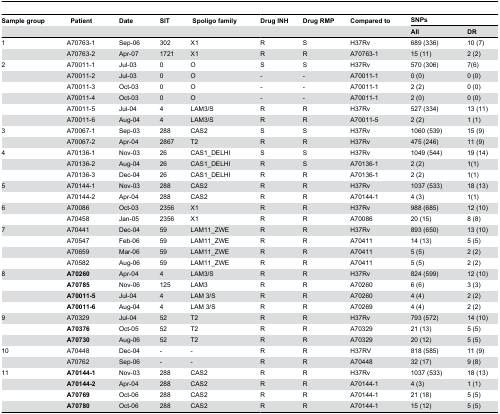
<table><thead><tr><td><b>Sample group</b></td><td><b>Patient</b></td><td><b>Date</b></td><td><b>SIT</b></td><td><b> Spoligo family</b></td><td><b>Drug INH</b></td><td><b>Drug RMP</b></td><td><b>Compared to</b></td><td colspan="2"><b>SNPs</b></td></tr><tr><td></td><td></td><td></td><td></td><td></td><td></td><td></td><td></td><td><b>All</b></td><td><b>DR</b></td></tr></thead><tbody><tr><td>1</td><td>A70763-1</td><td>Sep-06</td><td>302</td><td>X1</td><td>R</td><td>S</td><td>H37Rv</td><td>689 (336)</td><td>10 (7)</td></tr><tr><td></td><td>A70763-2</td><td>Apr-07</td><td>1721</td><td>X1</td><td>R</td><td>R</td><td>A70763-1</td><td>15 (11)</td><td>2 (2)</td></tr><tr><td>2</td><td>A70011-1</td><td>Jul-03</td><td>0</td><td>O</td><td>S</td><td>S</td><td>H37Rv</td><td>570 (306)</td><td>7(6)</td></tr><tr><td></td><td>A70011-2</td><td>Jul-03</td><td>0</td><td>O</td><td>-</td><td>-</td><td>A70011-1</td><td>0 (0)</td><td>0 (0)</td></tr><tr><td></td><td>A70011-3</td><td>Oct-03</td><td>0</td><td>O</td><td>-</td><td>-</td><td>A70011-1</td><td>2 (2)</td><td>0 (0)</td></tr><tr><td></td><td>A70011-4</td><td>Oct-03</td><td>0</td><td>O</td><td>-</td><td>-</td><td>A70011-1</td><td>2 (0)</td><td>0 (0)</td></tr><tr><td></td><td>A70011-5</td><td>Jul-04</td><td>4</td><td>LAM3/S</td><td>R</td><td>R</td><td>H37Rv</td><td>527 (334)</td><td>13 (11)</td></tr><tr><td></td><td>A70011-6</td><td>Aug-04</td><td>4</td><td>LAM3/S</td><td>R</td><td>R</td><td>A70011-5</td><td>2 (2)</td><td>1 (1)</td></tr><tr><td>3</td><td>A70067-1</td><td>Sep-03</td><td>288</td><td>CAS2</td><td>S</td><td>S</td><td>H37Rv</td><td>1060 (539)</td><td>15 (9)</td></tr><tr><td></td><td>A70067-2</td><td>Apr-04</td><td>2867</td><td>T2</td><td>R</td><td>R</td><td>H37Rv</td><td>475 (246)</td><td>11 (9)</td></tr><tr><td>4</td><td>A70136-1</td><td>Nov-03</td><td>26</td><td>CAS1_DELHI</td><td>S</td><td>S</td><td>H37Rv</td><td>1049 (544)</td><td>19 (14)</td></tr><tr><td></td><td>A70136-2</td><td>Aug-04</td><td>26</td><td>CAS1_DELHI</td><td>R</td><td>S</td><td>A70136-1</td><td>2 (2)</td><td>1(1)</td></tr><tr><td></td><td>A70136-3</td><td>Dec-04</td><td>26</td><td>CAS1_DELHI</td><td>R</td><td>R</td><td>A70136-1</td><td>2 (2)</td><td>1(1)</td></tr><tr><td>5</td><td>A70144-1</td><td>Nov-03</td><td>288</td><td>CAS2</td><td>R</td><td>R</td><td>H37Rv</td><td>1037 (533)</td><td>18 (13)</td></tr><tr><td></td><td>A70144-2</td><td>Apr-04</td><td>288</td><td>CAS2</td><td>R</td><td>R</td><td>A70144-1</td><td>4 (3)</td><td>1(1)</td></tr><tr><td>6</td><td>A70086</td><td>Oct-03</td><td>2356</td><td>X1</td><td>R</td><td>R</td><td>H37Rv</td><td>988 (685) </td><td>12 (10)</td></tr><tr><td></td><td>A70458 </td><td>Jan-05</td><td>2356</td><td>X1</td><td>R</td><td>R</td><td>A70086</td><td>20 (15)</td><td>8 (8)</td></tr><tr><td>7</td><td>A70441</td><td>Dec-04</td><td>59</td><td>LAM11_ZWE</td><td>R</td><td>R</td><td>H37Rv</td><td>893 (650)</td><td>13 (10)</td></tr><tr><td></td><td>A70547</td><td>Feb-06 </td><td>59</td><td>LAM11_ZWE</td><td>R</td><td>R</td><td>A70411</td><td>14 (13)</td><td>5 (5)</td></tr><tr><td></td><td>A70659</td><td>Mar-06</td><td>59</td><td>LAM11_ZWE</td><td>R</td><td>R</td><td>A70411</td><td>5 (5)</td><td>2 (2)</td></tr><tr><td></td><td>A70582</td><td>Aug-06</td><td>59</td><td>LAM11_ZWE</td><td>R</td><td>R</td><td>A70411</td><td>5 (5)</td><td>2 (2)</td></tr><tr><td>8</td><td><b>A70260</b></td><td>Apr-04</td><td>4</td><td>LAM3/S</td><td>R</td><td>R</td><td>H37Rv</td><td>824 (599)</td><td>12 (10)</td></tr><tr><td></td><td><b>A70785</b></td><td>Nov-06</td><td>125</td><td>LAM3</td><td>R</td><td>R</td><td>A70260</td><td>6 (6)</td><td>3 (3)</td></tr><tr><td></td><td><b>A70011-5</b></td><td>Jul-04</td><td>4</td><td>LAM 3/S</td><td>R</td><td>R</td><td>A70260</td><td>4 (4)</td><td>2 (2)</td></tr><tr><td></td><td><b>A70011-6</b></td><td>Aug-04</td><td>4</td><td>LAM 3/S</td><td>R</td><td>R</td><td>A70269</td><td>4 (4)</td><td>2 (2)</td></tr><tr><td>9</td><td>A70329</td><td>Jul-04</td><td>52</td><td>T2</td><td>R</td><td>R</td><td>H37Rv</td><td>793 (572)</td><td>14 (10)</td></tr><tr><td></td><td><b>A70376</b></td><td>Oct-05</td><td>52</td><td>T2</td><td>R</td><td>R</td><td>A70329</td><td>21 (13)</td><td>5 (5)</td></tr><tr><td></td><td><b>A70730</b></td><td>Aug-06</td><td>52</td><td>T2</td><td>R</td><td>R</td><td>A70329</td><td>20 (12)</td><td>5 (5)</td></tr><tr><td>10</td><td>A70448</td><td>Dec-04</td><td>-</td><td>-</td><td>R</td><td>R</td><td>H37RV</td><td>818 (585)</td><td>11 (9)</td></tr><tr><td></td><td>A70762</td><td>Sep-06</td><td>-</td><td>-</td><td>R</td><td>R</td><td>A70448</td><td>32 (17)</td><td>9 (8)</td></tr><tr><td>11</td><td><b>A70144-1</b></td><td>Nov-03</td><td>288</td><td>CAS2</td><td>R</td><td>R</td><td>H37Rv</td><td>1037 (533)</td><td>18 (13)</td></tr><tr><td></td><td><b>A70144-2</b></td><td>Apr-04</td><td>288</td><td>CAS2</td><td>R</td><td>R</td><td>A70144-1</td><td>4 (3)</td><td>1 (1)</td></tr><tr><td></td><td><b>A70769</b></td><td>Oct-06</td><td>288</td><td>CAS2</td><td>R</td><td>R</td><td>A70144-1</td><td>21 (18)</td><td>5 (5)</td></tr><tr><td></td><td><b>A70780</b></td><td>Oct-06</td><td>288</td><td>CAS2</td><td>R</td><td>R</td><td>A70144-1</td><td>15 (12)</td><td>5 (5)</td></tr></tbody></table>